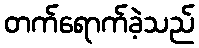
တက်ရောက်ခဲ့သည်